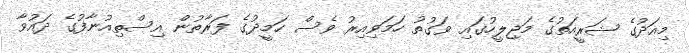
މިއަދުގެ ޝަރީއަތުގެ މަޖިލީހުގައި ވަގުތު ހަމަވިއިރު ވެސް ހަމީދުގެ ފަރާތުން އިސްތިއުނާފުގެ ދައުވާ